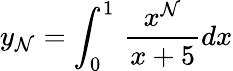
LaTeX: y_{\mathcal{N}}=\int_{0}^{1}\, {\frac{{x^{\mathcal{N}}}}{{x+5}}}dx